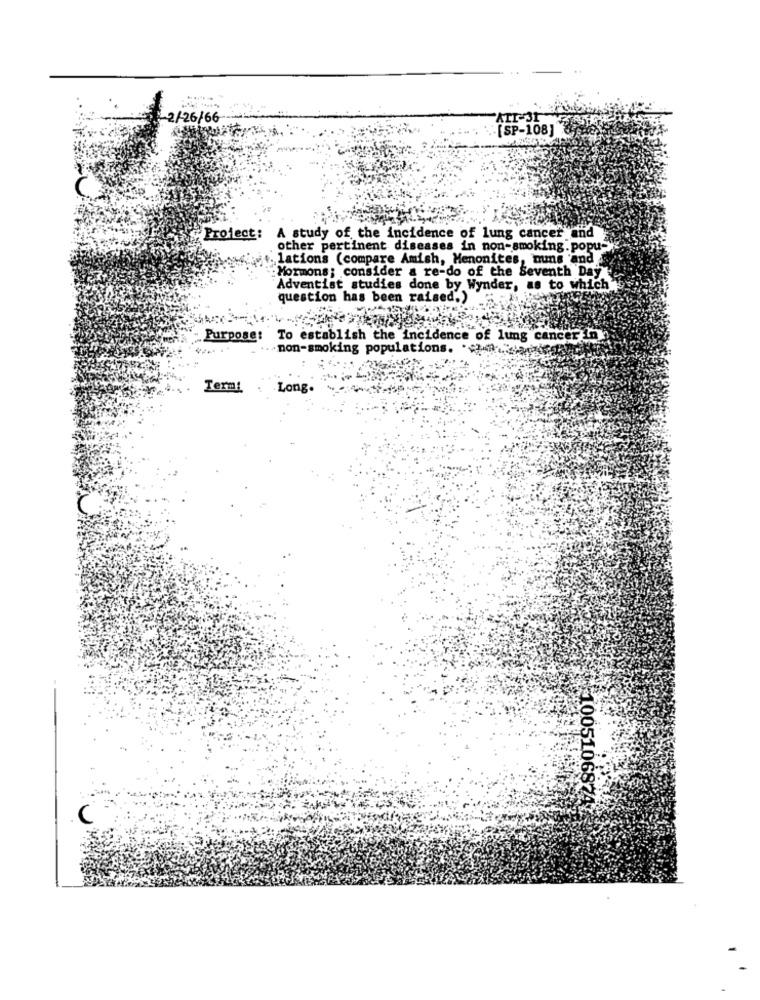
2/26/66
AT
.[SP-108] del
Project:
A study of the incidence of lung cancer and
other pertinent diseases in non-smoking. popu-
.lations (compare Amish, Menonites, nuns and
Mormons; consider a re-do of the Seventh Day
Adventist studies done by Wynder, as to which
question has been raised.)"
Purpose: To establish the incidence of lung cancer in
. non-smoking populations.
Termi
Long.
10051068747